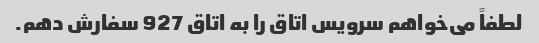
لطفاً می‌خواهم سرویس اتاق را به اتاق 927 سفارش دهم.